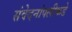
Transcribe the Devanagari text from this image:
संवेदनांपलीकडे